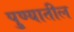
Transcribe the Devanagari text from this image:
पु्ण्यातील